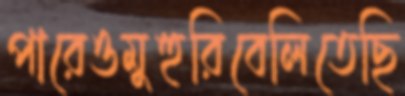
পারেওমুহুরিবেলিতেছি